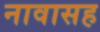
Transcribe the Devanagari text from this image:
नावासह